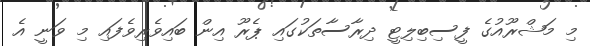
މި މަޝްރޫއުގެ ފީސިބިލިޓީ ދިރާސާތަކުގައި ޕެރޫ އިން ބައިވެރިވެފައި މި ވަނީ އެ